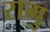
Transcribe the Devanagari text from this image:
रागु